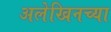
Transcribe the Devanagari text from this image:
अलेखिनच्या